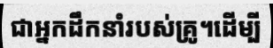
ជាអ្នកដឹកនាំរបស់គ្រូ។ដើម្បី